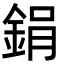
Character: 鋗